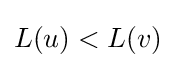
L(u)<L(v)